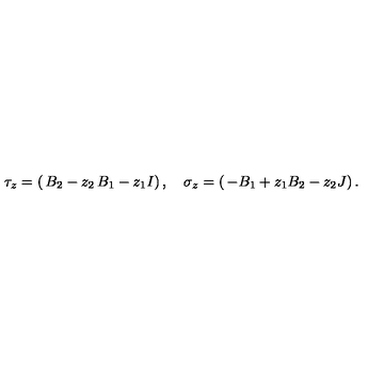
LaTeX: \tau _ { z } = \left( \begin{matrix} { B _ { 2 } - z _ { 2 } } & { B _ { 1 } - z _ { 1 } } & { I } \\ \end{matrix} \right) , \quad \sigma _ { z } = \left( \begin{matrix} { - B _ { 1 } + z _ { 1 } } \\ { B _ { 2 } - z _ { 2 } } \\ { J } \\ \end{matrix} \right) .